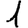
Digit: 1